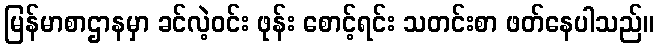
မြန်မာစာဌာနမှာ ခင်လဲ့ဝင်း ဖုန်း စောင့်ရင်း သတင်းစာ ဖတ်နေပါသည်။